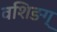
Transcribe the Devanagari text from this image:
वशिङग्